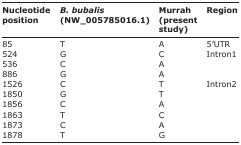
<table><thead><tr><td><b>Nucleotide position</b></td><td><b><i>B. bubalis</i> (NW_005785016.1)</b></td><td><b>Murrah (present study)</b></td><td><b>Region</b></td></tr></thead><tbody><tr><td>85</td><td>T</td><td>A</td><td>5’UTR</td></tr><tr><td>524</td><td>G</td><td>C</td><td>Intron1</td></tr><tr><td>536</td><td>C</td><td>A</td><td></td></tr><tr><td>886</td><td>G</td><td>A</td><td></td></tr><tr><td>1526</td><td>C</td><td>T</td><td>Intron2</td></tr><tr><td>1850</td><td>G</td><td>T</td><td></td></tr><tr><td>1856</td><td>C</td><td>A</td><td></td></tr><tr><td>1863</td><td>T</td><td>C</td><td></td></tr><tr><td>1873</td><td>C</td><td>A</td><td></td></tr><tr><td>1878</td><td>T</td><td>G</td><td></td></tr></tbody></table>